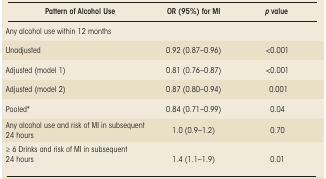
<table><thead><tr><td><b>Pattern of Alcohol Use</b></td><td><b>OR (95%) for MI</b></td><td><b><i>p</i> value</b></td></tr></thead><tbody><tr><td>Any alcohol use within 12 months</td><td></td><td></td></tr><tr><td>Unadjusted</td><td>0.92 (0.87–0.96)</td><td>&lt;0.001</td></tr><tr><td>Adjusted (model 1)</td><td>0.81 (0.76–0.87)</td><td>&lt;0.001</td></tr><tr><td>Adjusted (model 2)</td><td>0.87 (0.80–0.94)</td><td>0.001</td></tr><tr><td>Pooled*</td><td>0.84 (0.71–0.99)</td><td>0.04</td></tr><tr><td>Any alcohol use and risk of MI in subsequent 24 hours</td><td>1.0 (0.9–1.2)</td><td>0.70</td></tr><tr><td>≥ 6 Drinks and risk of MI in subsequent 24 hours</td><td>1.4 (1.1–1.9)</td><td>0.01</td></tr></tbody></table>